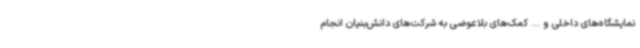
نمایشگاه‌های داخلی و ... کمک‌های بلاعوضی به شرکت‌های دانش‌بنیان انجام